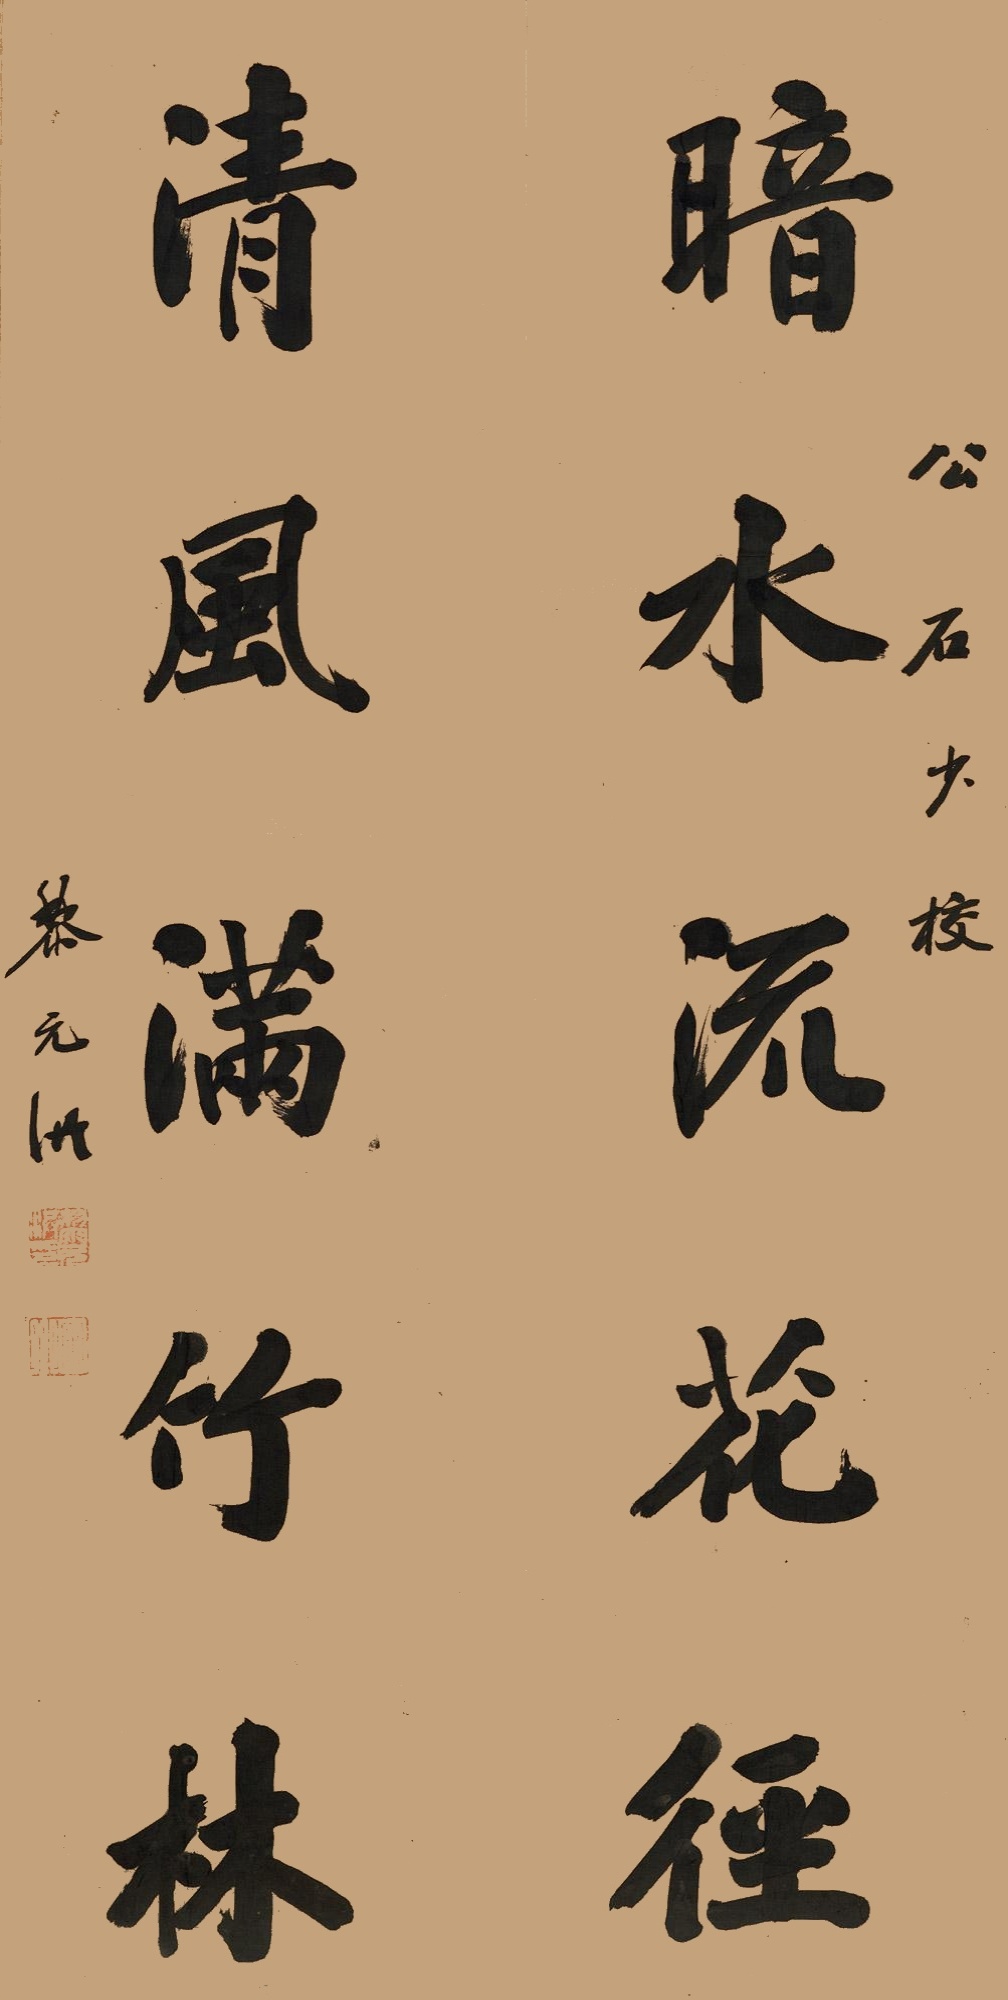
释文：暗水流花径，清风满竹林。公石少校，黎元洪。